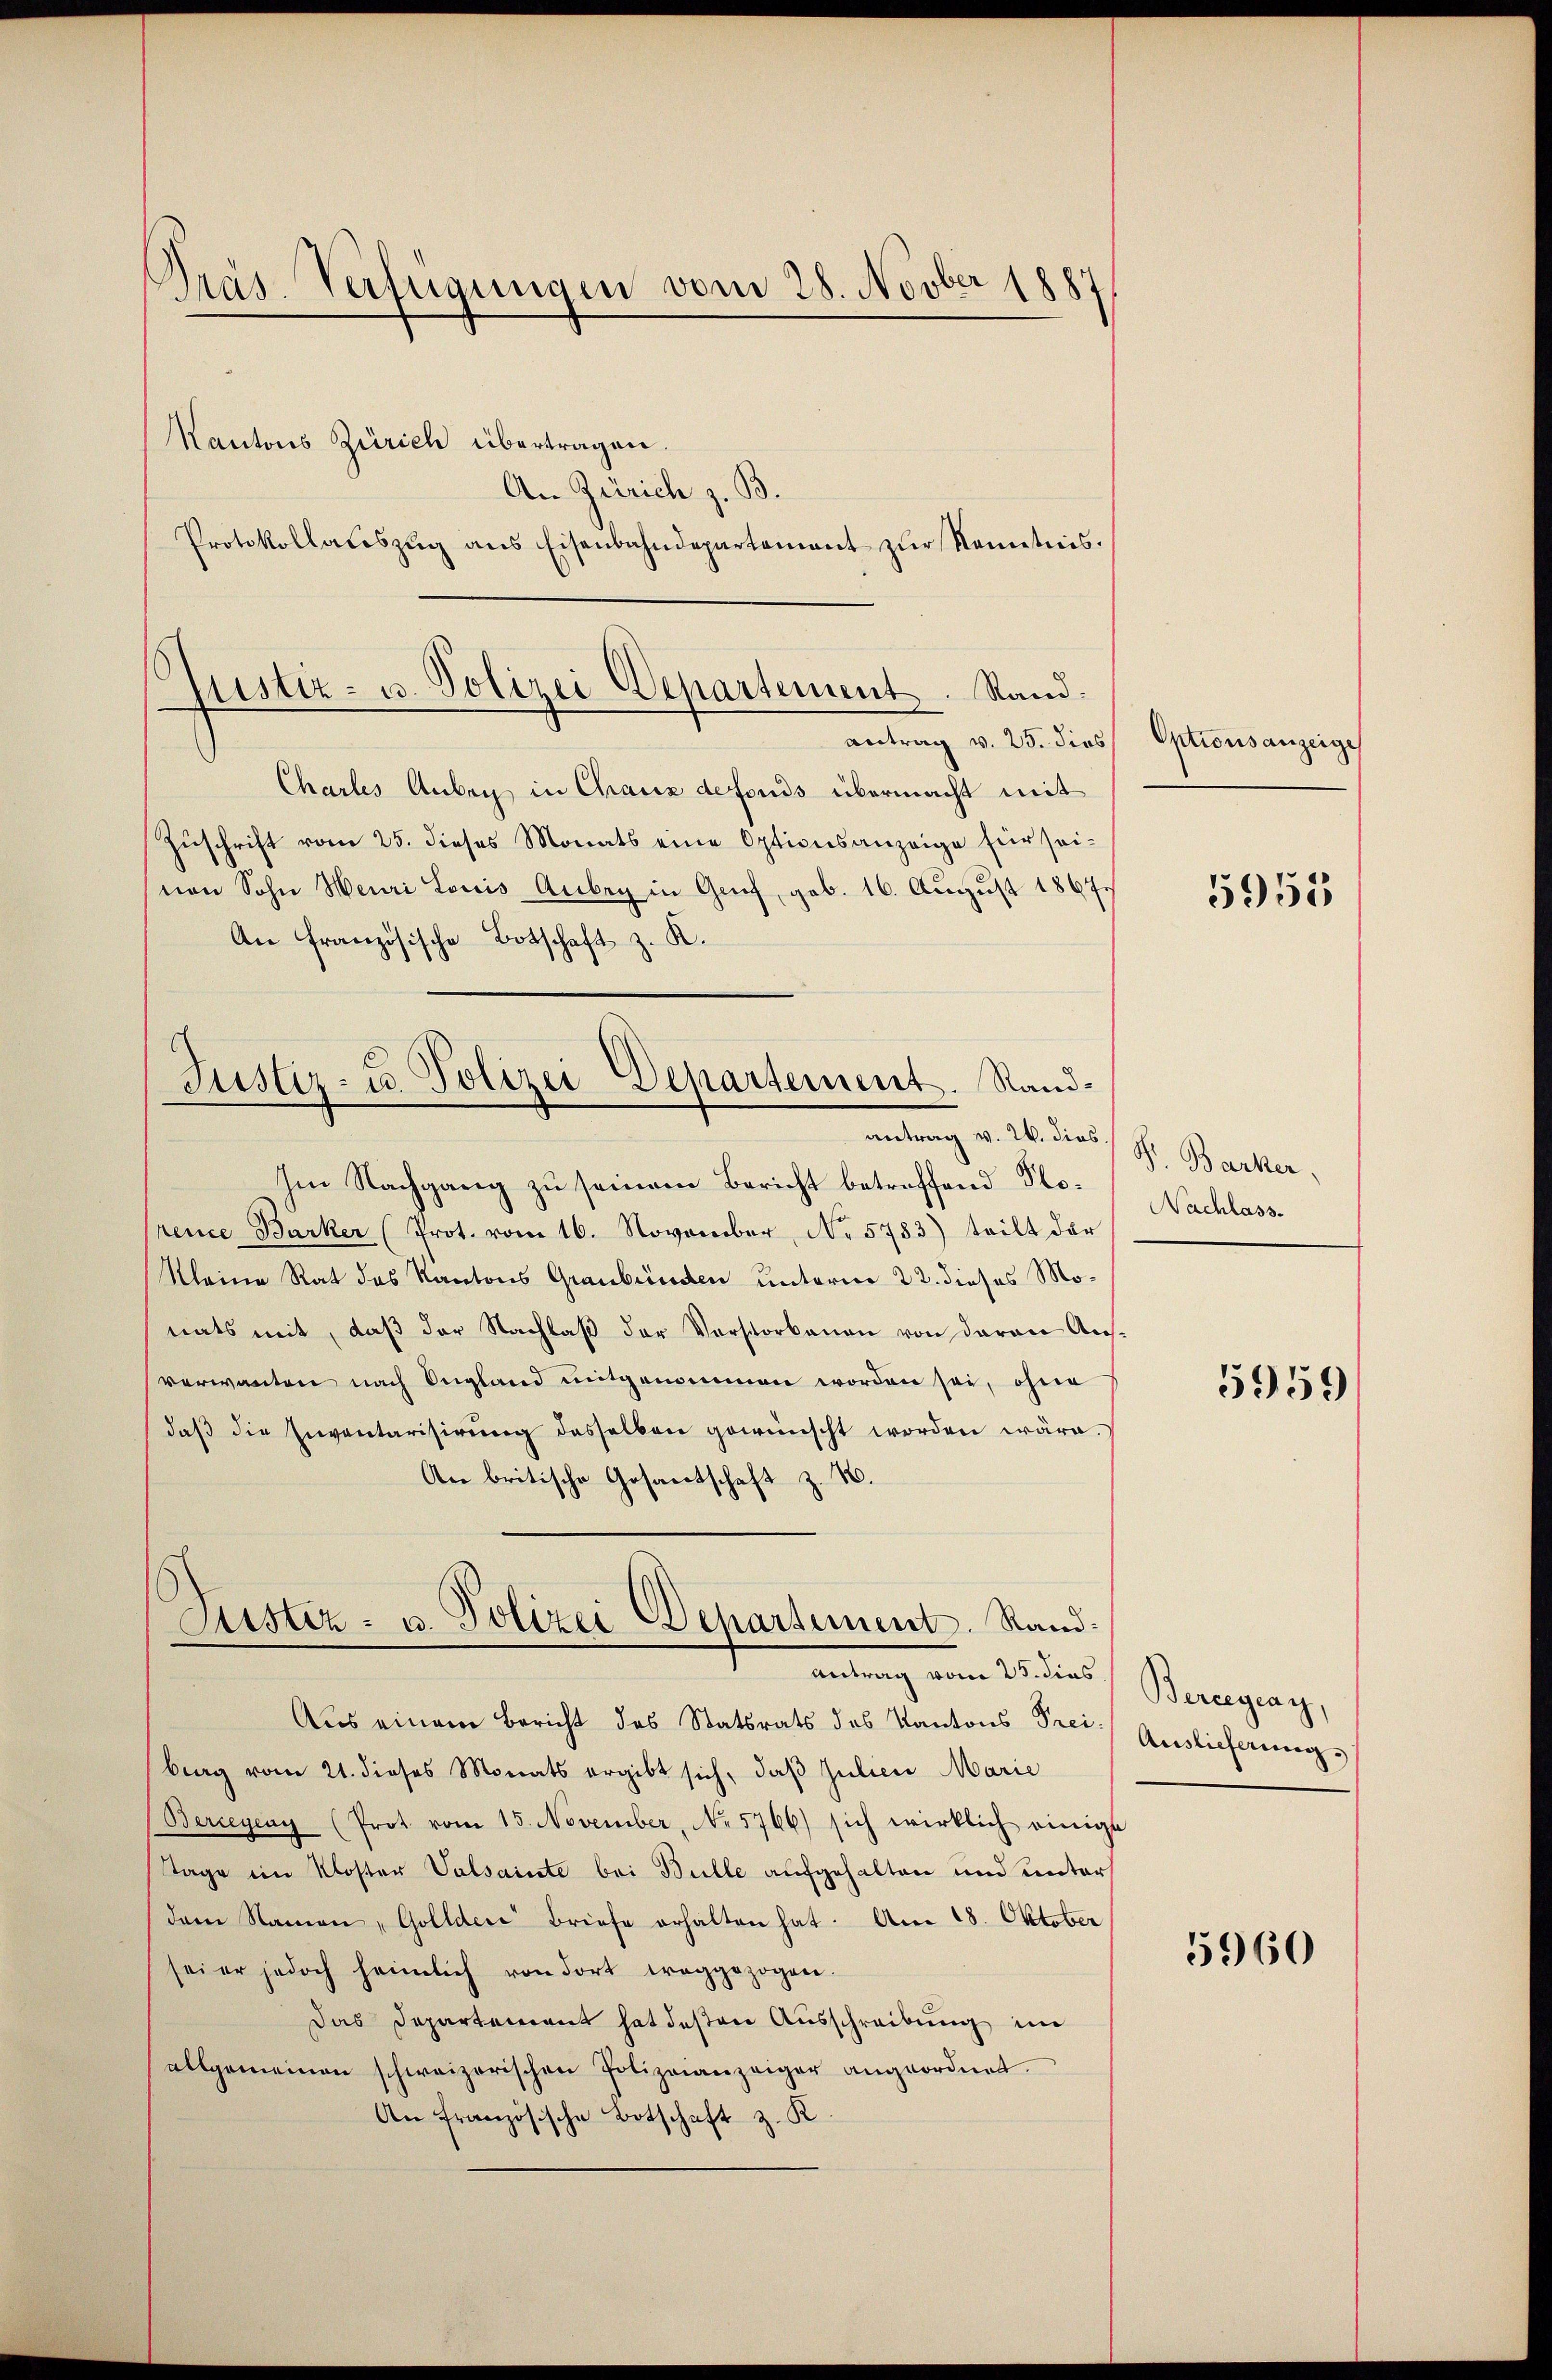
Präs. Verfügungen vom 28. Novber 1887

Kantons Zürich übertragen.
An Zürich z. B.
Protokollateszŭg ans Eisenbahndepartement zŭr Kenntnis.

s
ptistiz- u. Polizei Departement. Sandantrag v. 25. dies

Justiz- u. Polizei Departement. Randantrag v. 26. dies

Chartes Anbey in Chaux defonds übermacht mit
Zŭschrift vom 25. dieses Monats eine Optionsanzeige für sei-
nen Sohn Meuri Louis Aubry in Gruf, geb. 16. August 1867.
An Französische Botschaft z. K.

Im Nachgang zu seinem Bericht betreffend Porence Barker (Prot. vom 16. November, No. 5783) teilt der
Kleine Rat des Kantons Graubünden unterm 22. dieses Monats mit, daß der Nachlaß der Verstorbenen von daran Ausverwanten nach England mitgenommen worden sei, ohne
daβ die Inventarisirung desselben gewünscht worden wäre.
An britische Gesantschaft z. B.

Justiz- u. Polizei Departement. Stand.
Antrag vom 25. dies

Aus einem Bericht des Statsrats des Kantons Freiberg vom 21. dieses Monats ergibt sich, daß Julier Marie
Berreyeny (Prot vom 15. November, No 5766) sich wirklich einige
Tage ein Kloster Valsainte bei Bulle aufgehalten und unter
dem Namen, Gollder Briefe erhalten hat. Am 18. Oktober
sei er jedoch heimlich von dort traggezogen.
Das Departement hat deßen Ausschreibung im
allgemeinen schweizerischen Polizeianzeiger angeordnet.
An französische Botschaft z. K.

Optionsanzeige

5955

S. Barker,
Nachlass.

5959

Bercegeay,
Auslieferung.

5960